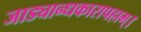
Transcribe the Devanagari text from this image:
जाड्यान्धकारापहाम्‌।